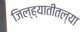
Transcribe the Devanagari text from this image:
जिल्ह्यातीतल्या